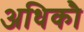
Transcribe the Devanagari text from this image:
अधिकौ